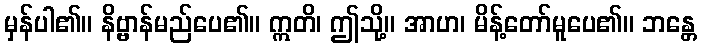
မှန်ပါ၏။ နိဗ္ဗာန်မည်ပေ၏။ ဣတိ၊ ဤသို့။ အာဟ၊ မိန့်တော်မူပေ၏။ ဘန္တေ